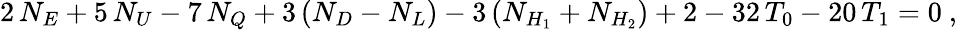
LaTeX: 2\, N_{E}+5\, N_{U}-7\, N_{Q}+3\left(N_{D}-N_{L}\right)-3\left(N_{H_{1}}+N_{H_{2}}\right)+2-32\, T_{0}-20\, T_{1}=0\ ,